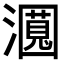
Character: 𬉛